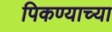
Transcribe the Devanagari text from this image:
पिकण्याच्या